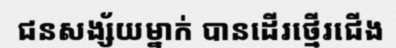
ជនសង្ស័យម្នាក់ បានដើរថ្មើរជើង